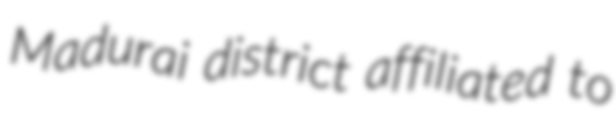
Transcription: Madurai district affiliated to